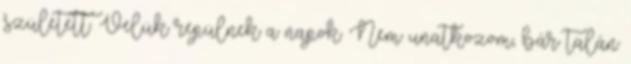
született. Velük repülnek a napok. Nem unatkozom, bár talán